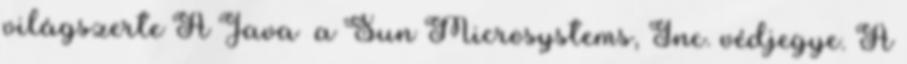
világszerte A Java™ a Sun Microsystems, Inc. védjegye. A